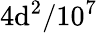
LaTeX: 4\mathrm{d}^{2}/10^{7}